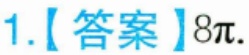
1.【答案】\(8\pi\).